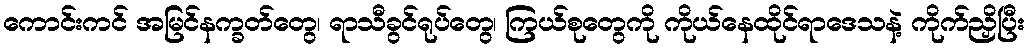
ကောင်းကင် အမြင်နက္ခတ်တွေ၊ ရာသီခွင်ရုပ်တွေ၊ ကြယ်စုတွေကို ကိုယ်နေထိုင်ရာဒေသနဲ့ ကိုက်ညှိပြီး